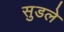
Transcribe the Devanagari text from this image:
सुडले